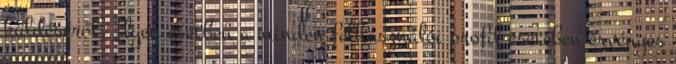
küldéséről. Ilyen esetben a minden felhasználói profil esetében érvényes